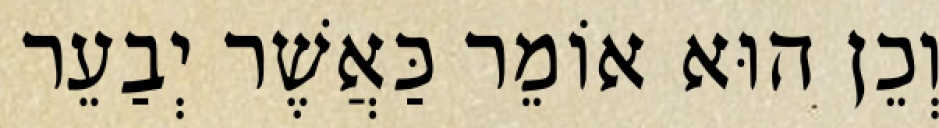
וְכֵן הוּא אוֹמֵר כַּאֲשֶׁר יְבַעֵר